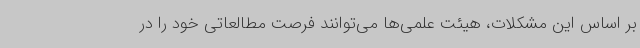
بر اساس این مشکلات، هیئت علمی‌ها می‌توانند فرصت مطالعاتی خود را در